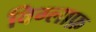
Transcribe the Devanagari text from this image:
विग्लाफ़